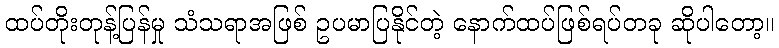
ထပ်တိုးတုန့်ပြန်မှု သံသရာအဖြစ် ဥပမာပြနိုင်တဲ့ နောက်ထပ်ဖြစ်ရပ်တခု ဆိုပါတော့။